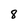
Character: 8